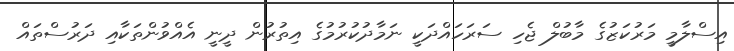
އިސްލާމީ މަރުކަޒުގެ މާބުލް ޖެހި ސަރަހައްދަކީ ނަމާދުކުރުމުގެ އިތުރުން ދީނީ އެއްވުންތަކާއި ދަރުސްތައް